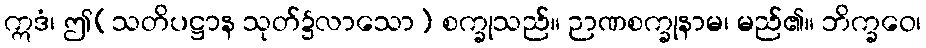
ဣဒံ၊ ဤ(သတိပဋ္ဌာန သုတ်၌လာသော) စက္ခုသည်။ ဉာဏစက္ခုနာမ၊ မည်၏။ ဘိက္ခဝေ၊